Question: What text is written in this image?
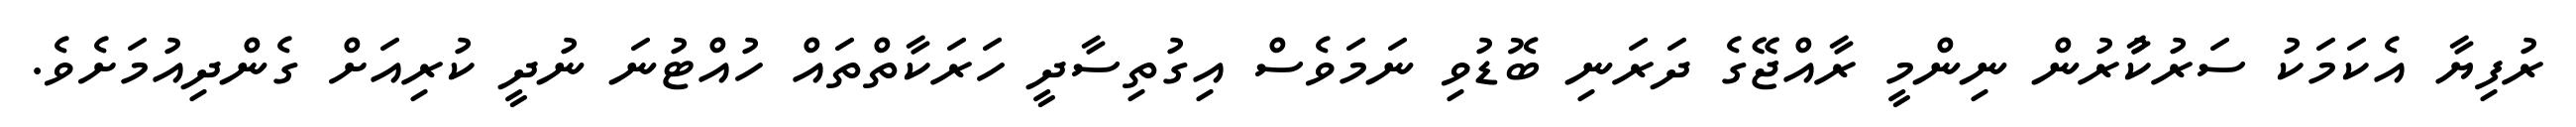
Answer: ރުފިޔާ އެކަމަކު ސަރުކާުރުން ނިންމީ ރާއްޖޭގެ ދަރަނި ބޮޑުވި ނަމަވެސް އިގުތިސާދީ ހަރަކާތްތައް ހުއްޓުނަ ނުދީ ކުރިއަށް ގެންދިއުމަށެވެ.